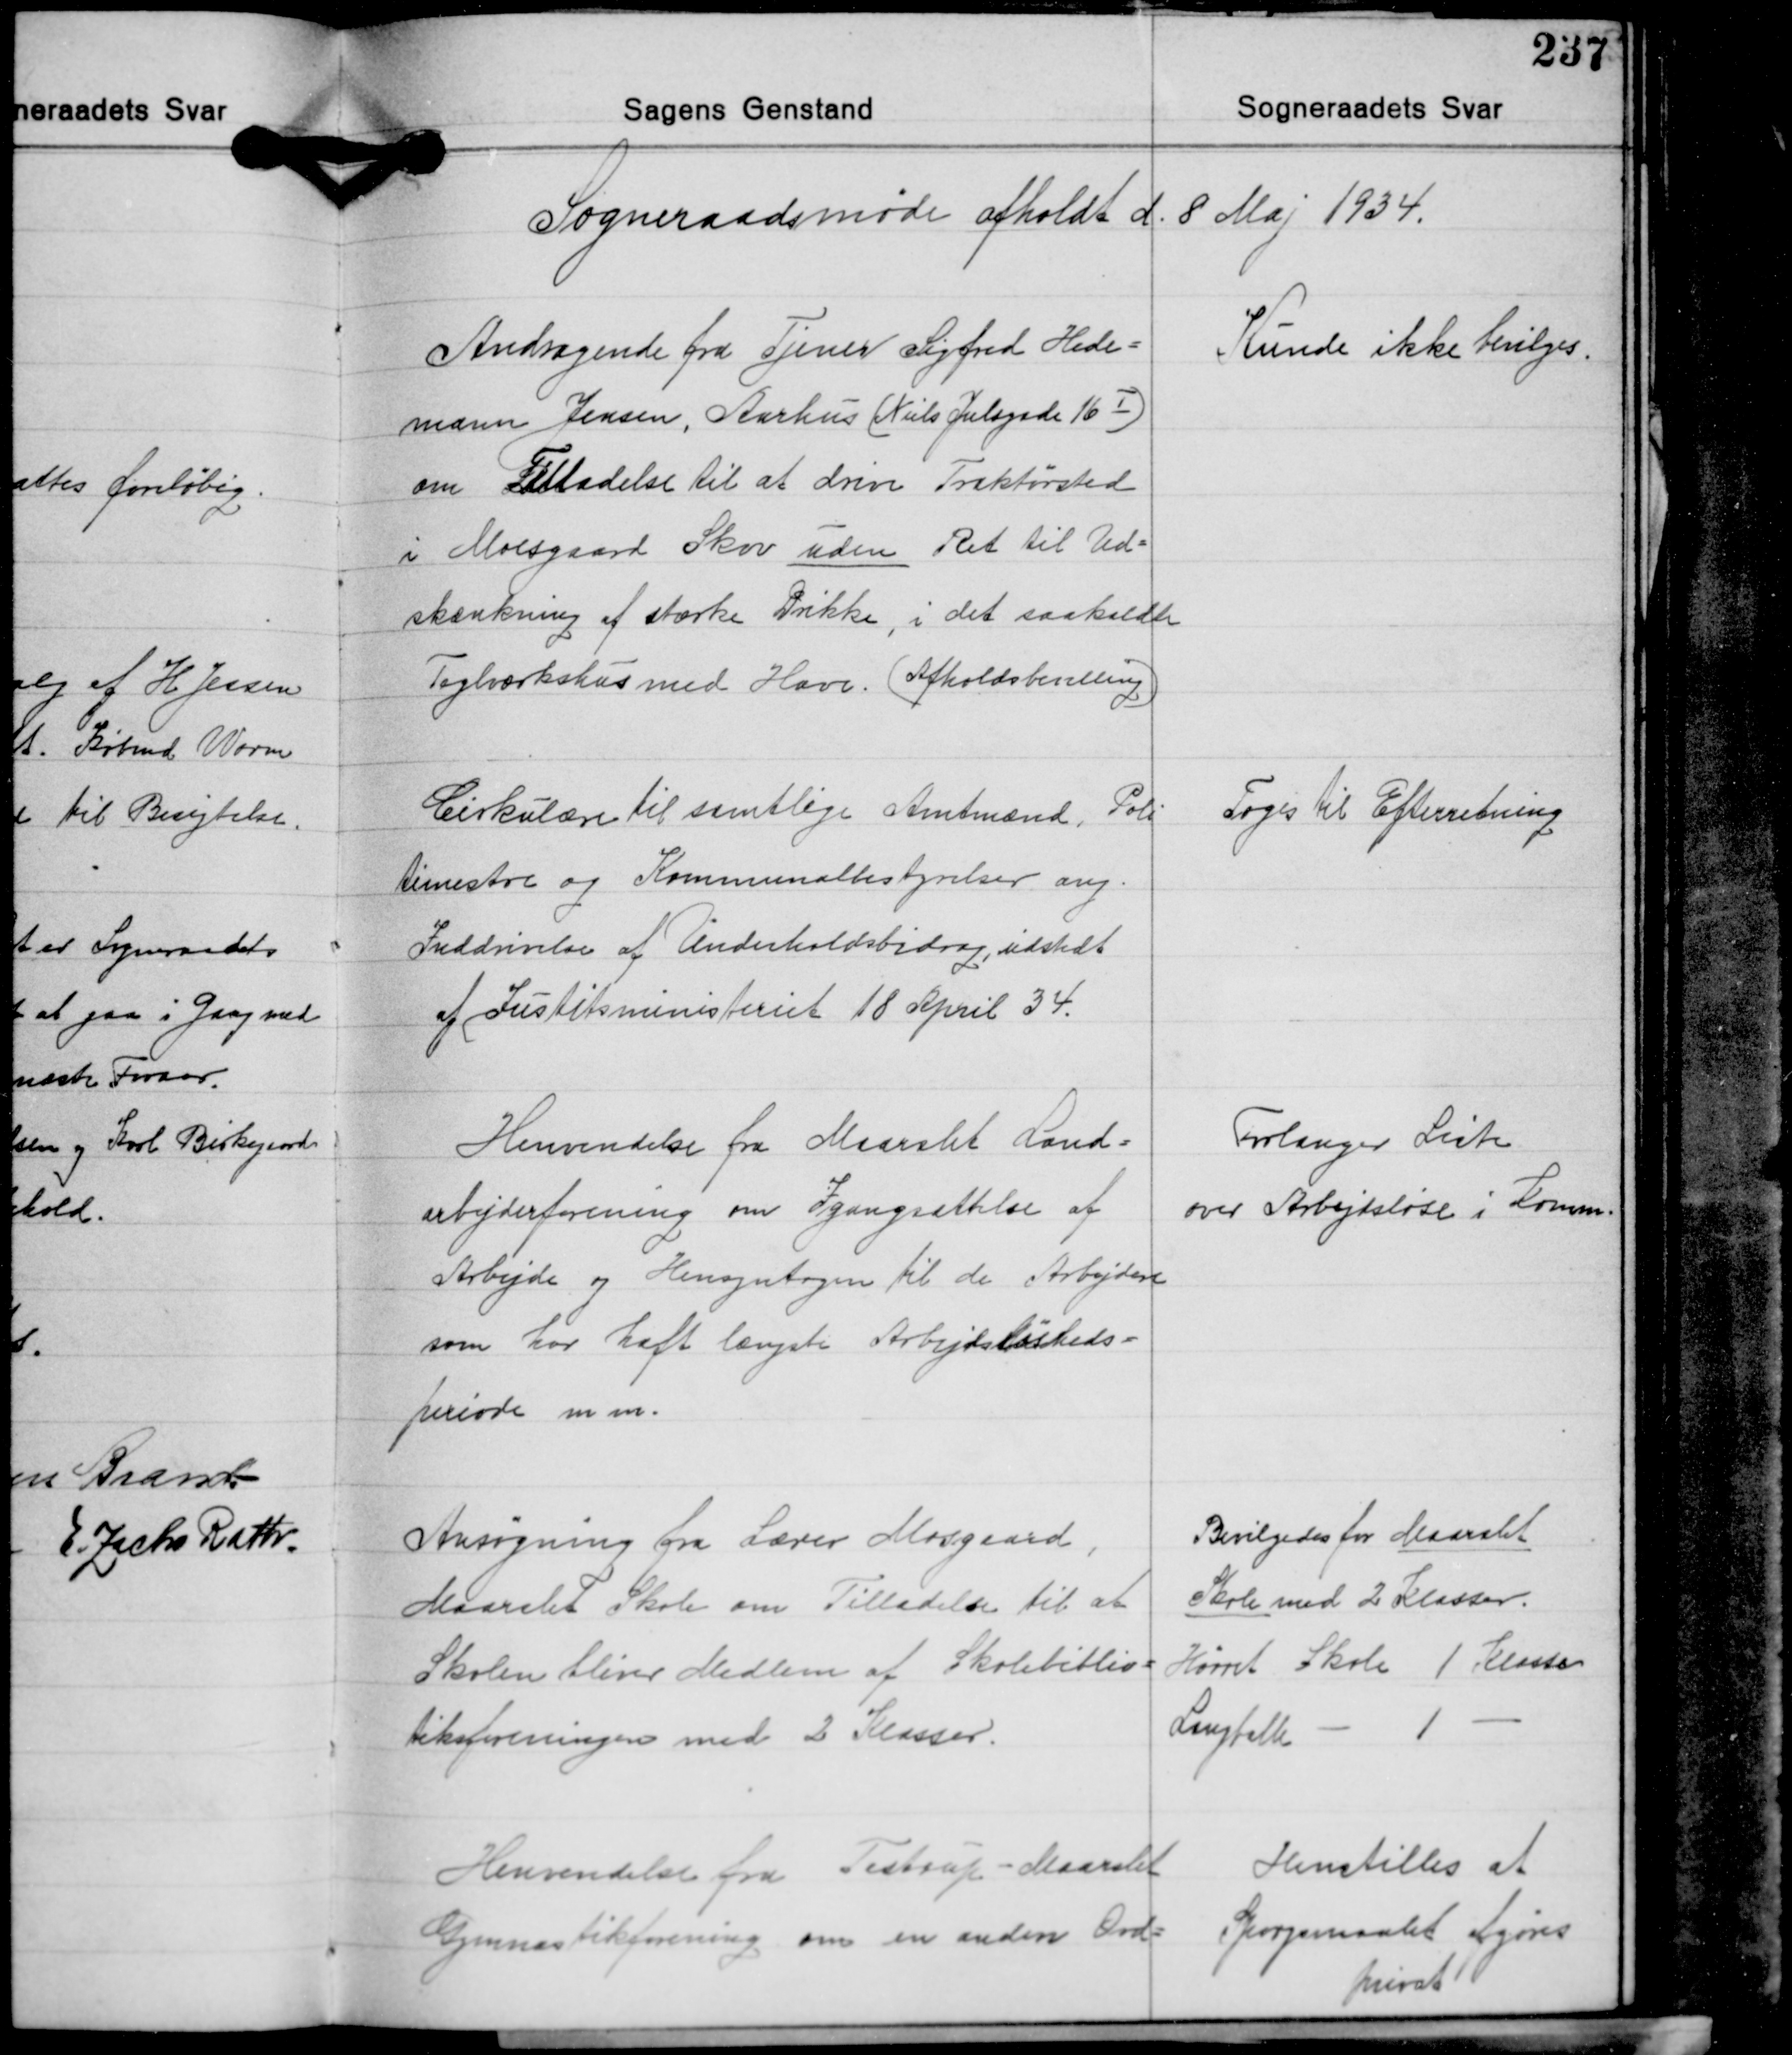
Transskription:
Sogneraadsmøde afholdt d. 8 Maj 1934.

Andragende fra Tjener Sigfred Hede-
mann Jensen, Aarhus (Niels Julsgade 16Ⅰ)
om Tilladelse til at drive Traktørsted
i Moesgaard Skov uden Ret til Ud-
skænkning af stærke Drikke, i det saakaldte
teglværkshus med Have. (Afholdsbevilling)

Kunde ikke bevilges.

Cirkulære til samtlige Amtmænd, Poli-
timestre og Kommunalbestyrelser ang.
Inddrivelse af Underholdsbidrag, udstedt
af Justitsministeriet 18 April 34.

Toges Til Efterretning

Henvendelse fra Maarslet Land-
arbejderforening om Igangsættelse af
Arbejde og Hensyntagen til de Arbejdere
som har haft længste Arbejdsløsheds-
periode m.m.

Forlanger Liste
over Arbejdsløse i Komm.

Ansøgning fra Lærer Mosgaard,
Maarslet Skole om Tilladelse til at
Skolen bliver Medlem af Skolebiblio-
teksforeningen med 2 Klasser.

Bevilgedes for Maarslet
Skole med 2 Klasser.
Hørret Skole 1 Klasse
Langfalle - 1 -

Henvendelse fra Testrup-Maarslet
Gymnastikforening om en anden Ord-

Henstilles at
Spørgsmaalet Afgøres
privat